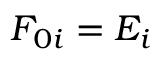
F _ { 0 i } = E _ { i }